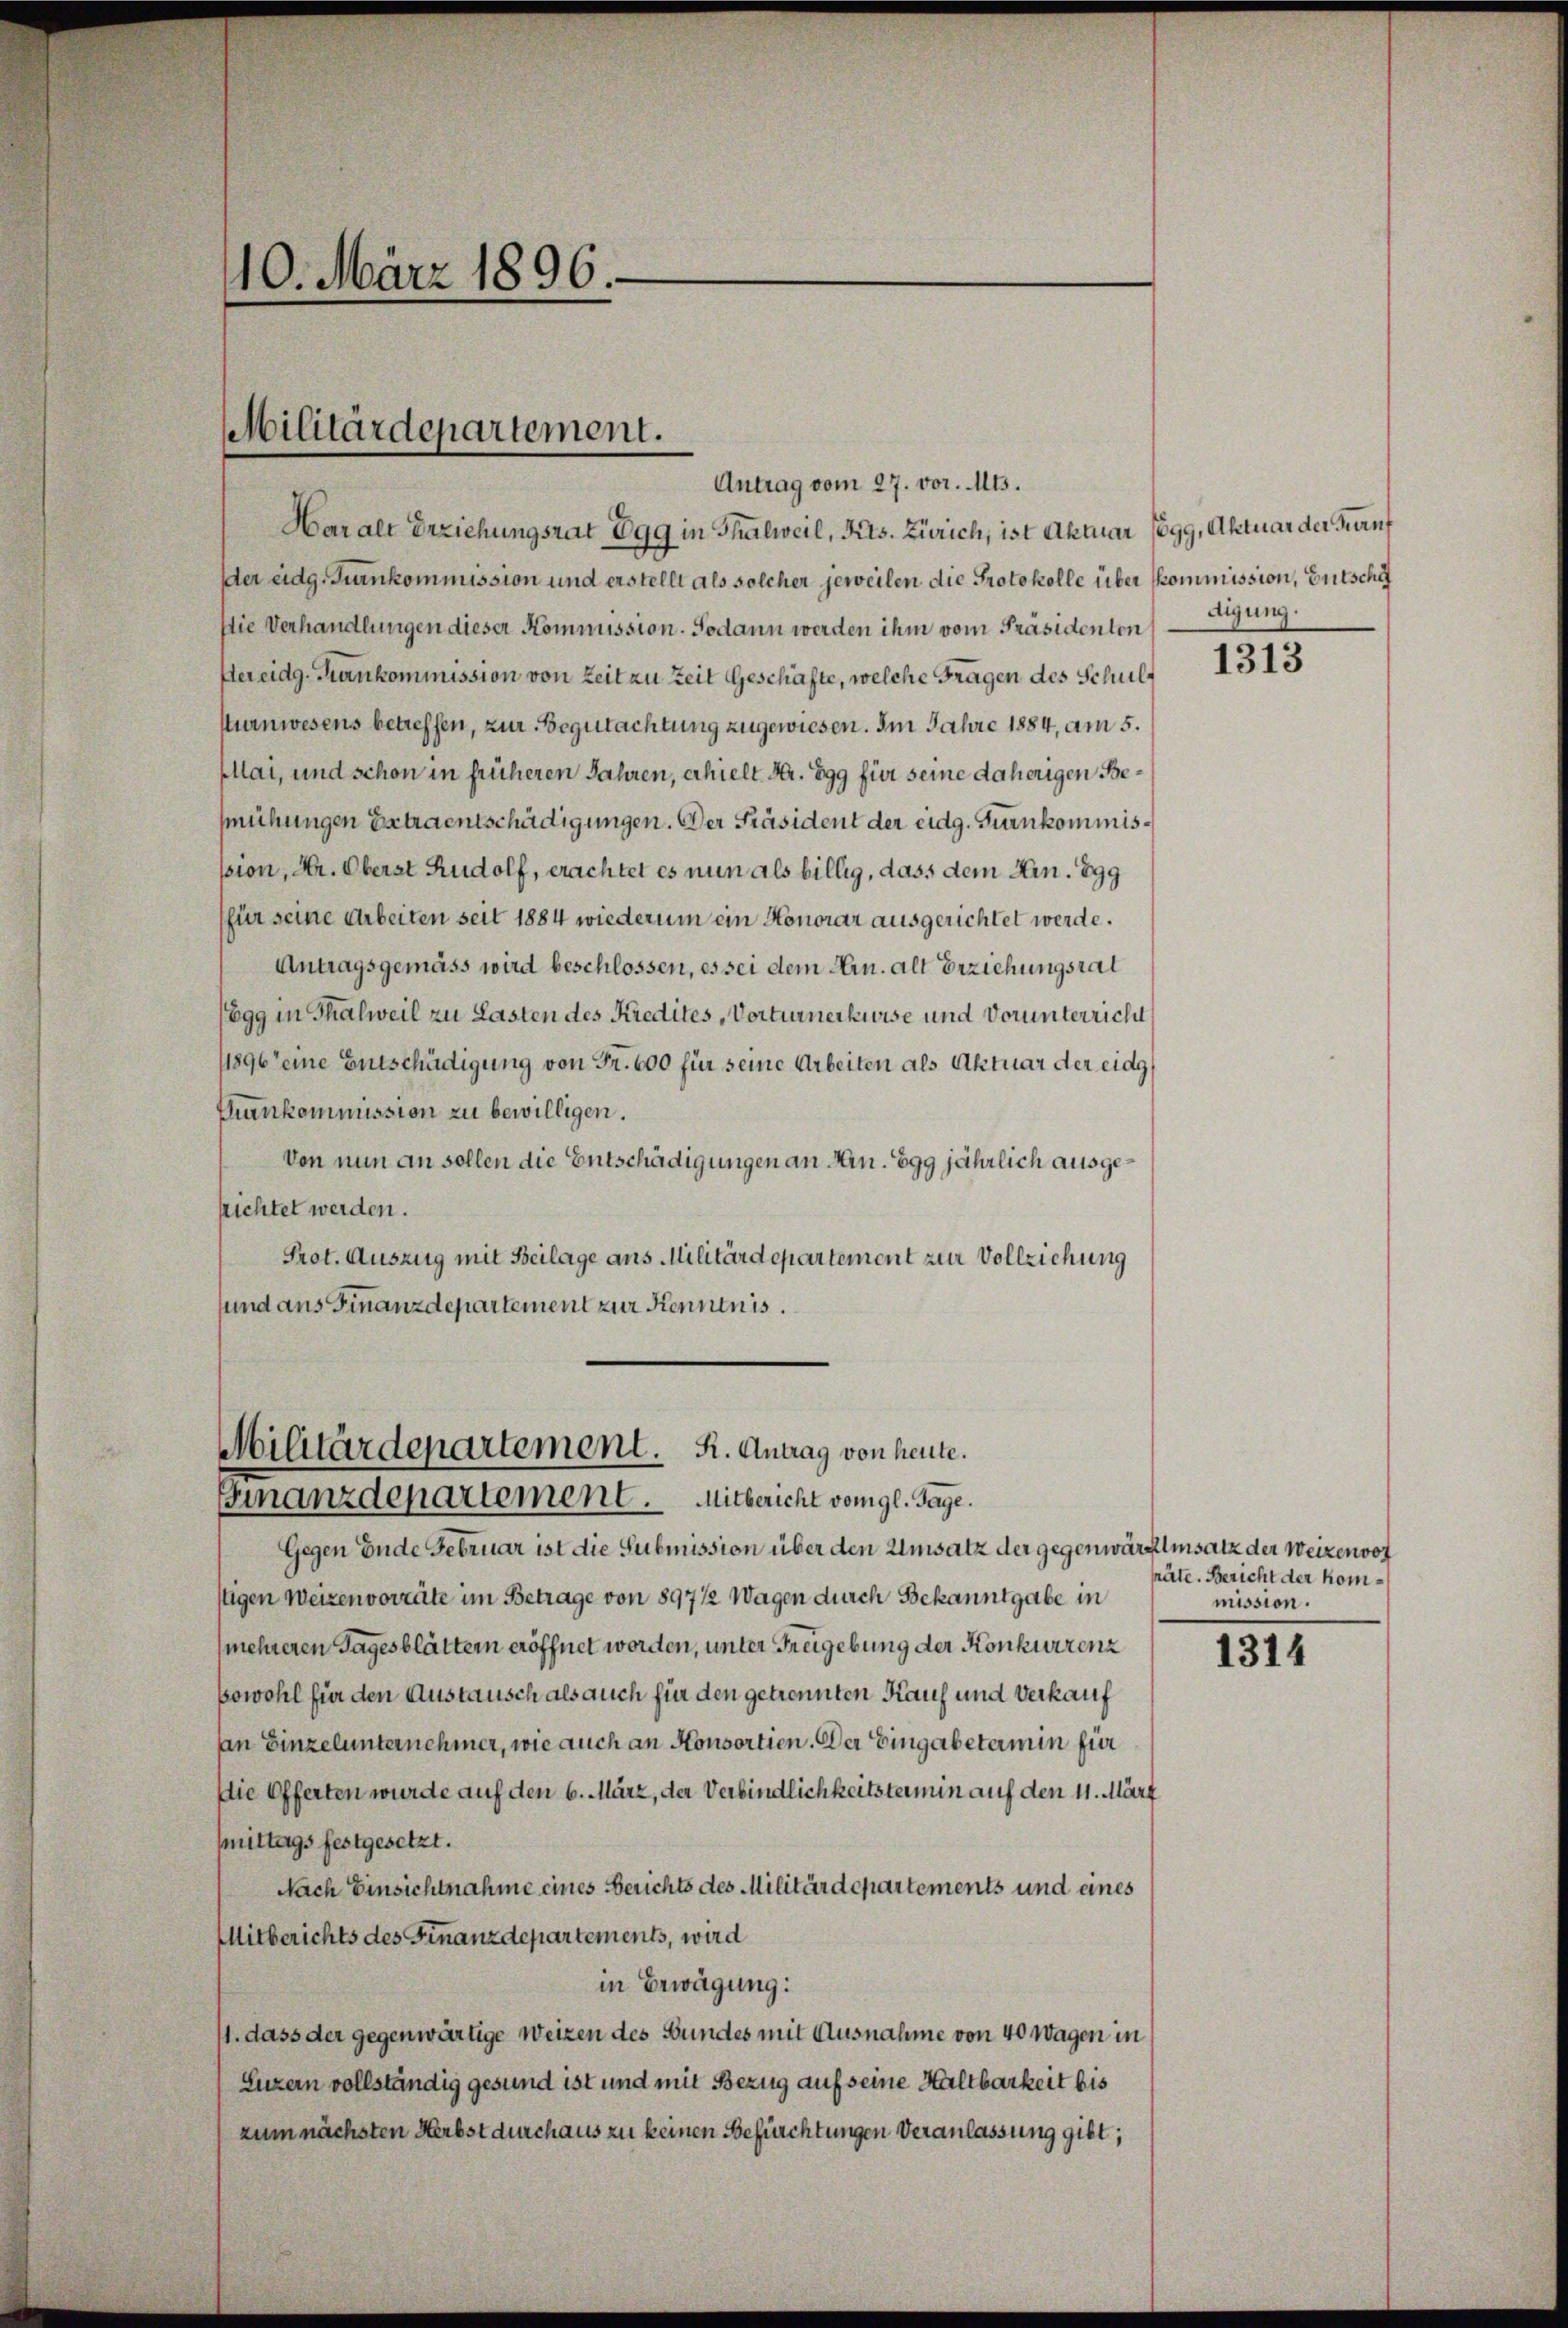
Haralt Erziehungsrat Egg in Thalweil, Kts. Zürich, ist Aktuar (gg, Aktuar der Turnf
er eidg. Turnkommission und erstellt als solcher jeweilen die Protokolle über kommission, Gutschäf
Die Verhandlungen dieser Kommission. Sodann werden ihm vom Präsidenten
Hereidg-Frankommission von Zeit zu Zeit Geschäfte, welche Fragen des Schulkurnwesens betreffen, zur Begutachtung zugewiesen. Im Jahre 1884, am 5.
pllai, und schon in früheren Jahren, erhielt da. Egg für seine daherigen Bemühungen Extraentschädigungen. Der Präsident der eidg. Turnkommisssion, Hr. Oberst Rudolf, erachtet es nun als billig, dass dem Hrn. 899
(für seine Arbeiten seit 1884 wiederum ein Honorar ausgerichtet werde.
Antragsgemäss wird beschlossen, es sei dem Hrn. alt Erziehungsrat
Egg in Thalweil zu Lasten des Kredites, Vorturnerkeise und Vorunterricht
11896 eine Entschädigung von Fr. 600 für seine Arbeiten als Aktuar der eidg
Frankommission zu bewilligen.
Von nun an sollen die Entschädigungen an Hrn. Egg jährlich ausgesrichtet werden.
Prot. Auszug mit Beilage aus Militärdepartement zur Vollziehung
und aus Finanzdepartement zur Kenntnis.

10. März 1896.

Militärdepartement.

Antrag vom 27. vor. Mts.

Militärdepartement. K. Antrag von heute.
Finanzdepartement. Mitbericht von gl. Tage.

Gegen Ende Februar ist die Submission über den Umsatz der gegenwärtetensatz der Weizenvor
ttigen Weizenvorräte im Betrage von 897 1/2 Wagen durch Bekanntgabe in
(mehreren Tagesblättern eröffnet worden, unter Freigebung der Konkurrenz
sowohl für den Austausch als auch für den getrennten Kauf und Verkauf
an Einzelunternehmer, wie auch an Konsortien. Der Eingabetermin für
Die Offerten wurde auf den 6. März, der Verbindlichkeitstermin auf den 11. März
mittags festgesetzt.
Nach Einsichtnahme eines Berichts des Militärdepartements und eines
Mitberichts des Finanzdepartements, wird
in Erwägung:
1. dass der gegenwärtige Weizen des Bundes mit Ausnahme von 40 Wagen in
Luzern vollständig gesund ist und mit Bezug auf seine Haltbarkeit bis
zum nächsten Herbst durchaus zu keinen Befürchtungen Veranlassung gibt,

digung.

1313

präte. Bericht der kommission.

1314